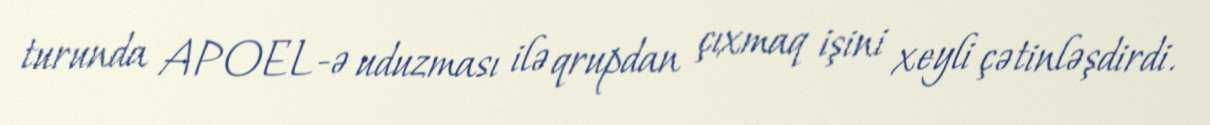
turunda APOEL-ə uduzması ilə qrupdan çıxmaq işini xeyli çətinləşdirdi.